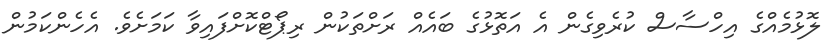
ލޮޅުމެއްގެ އިހްސާސް ކުރެވިގެން އެ އަތޮޅުގެ ބައެއް ރަށްތަކުން ރިޕޯޓްކޮށްފައިވާ ކަމަށެެވެ. އެހެންކަމުން